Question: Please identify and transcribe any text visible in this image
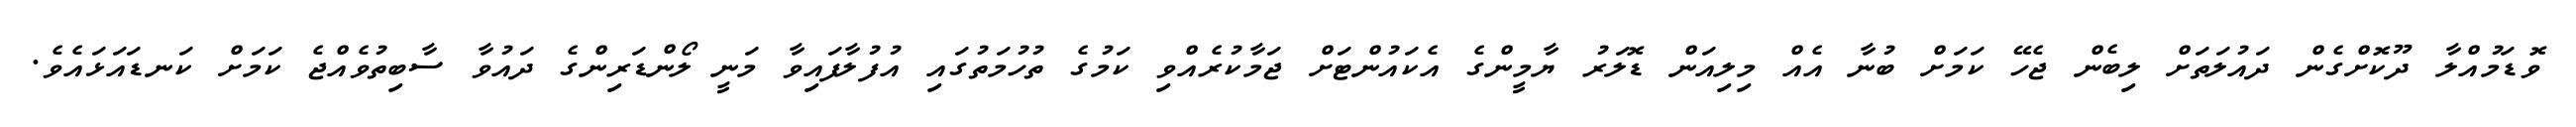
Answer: ވޮޑަމުއްލާ ދޫކޮށްގެން ދައުލަތަށް ލިބެން ޖެހޭ ކަމަށް ބުނާ އެއް މިލިއަން ޑޮލަރު ޔާމީންގެ އެކައުންޓަށް ޖަމާކުރެއްވި ކަމުގެ ތުހުމަތުގައި އުފުލާފައިވާ މަނީ ލޯންޑަރިންގެ ދައުވާ ސާބިތުވެއްޖެ ކަމަށް ކަނޑައަޅައެވެ.